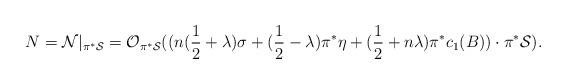
LaTeX: \begin{align*}N={\cal N}|_{\pi^{*} {\cal S}}= {\cal O}_{\pi^* {\cal S}}((n(\frac{1}{2}+\lambda)\sigma+(\frac{1}{2}-\lambda)\pi^{*}\eta+(\frac{1}{2}+n\lambda)\pi^{*}c_{1}(B)) \cdot \pi^{*}{\cal S}).\end{align*}